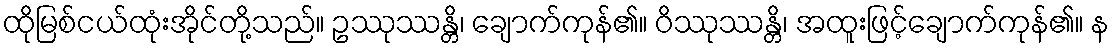
ထိုမြစ်ငယ်ထုံးအိုင်တို့သည်။ ဥဿုဿန္တိ၊ ချောက်ကုန်၏။ ဝိဿုဿန္တိ၊ အထူးဖြင့်ချောက်ကုန်၏။ န